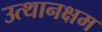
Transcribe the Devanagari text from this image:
उत्थानक्षम